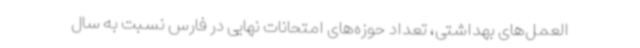
العمل‌های بهداشتی، تعداد حوزه‌های امتحانات نهایی در فارس نسبت به سال